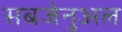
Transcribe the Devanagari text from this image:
सबजेनुअल